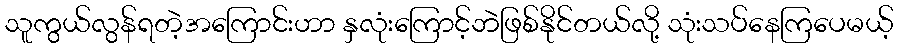
သူကွယ်လွန်ရတဲ့အကြောင်းဟာ နှလုံးကြောင့်ဘဲဖြစ်နိုင်တယ်လို့ သုံးသပ်နေကြပေမယ့်